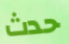
حدث